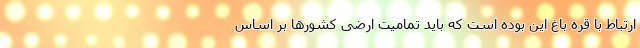
ارتباط با قره باغ این بوده است که باید تمامیت ارضی کشور‌ها بر اساس